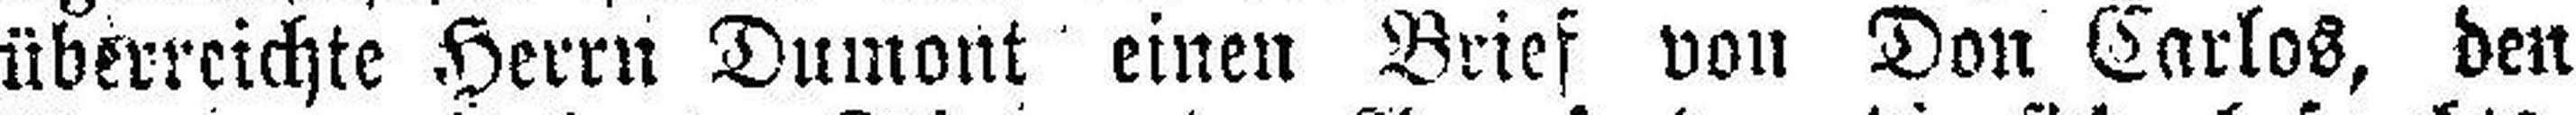
überreichte Herrn Dumont einen Brief von Don Carlos, den